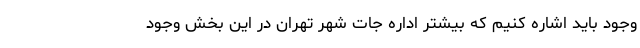
وجود باید اشاره کنیم که بیشتر اداره جات شهر تهران در این بخش وجود